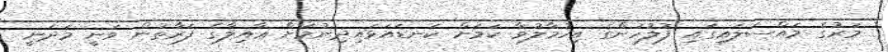
މަރުގެ މައްސަލައިގައި ފުލުހުންގެ އިހުމާލުވާ ކަމަށް ކަނޑައަޅައިދިނުމަށް ޢާއިލާގެ ފަރާތުން ވަނީ މަދަނީ